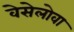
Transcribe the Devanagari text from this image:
वेसेलोवा